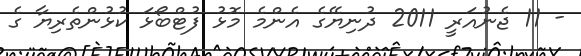
- 11 ޖެނުއަރީ 2011 ދުނިޔޭގެ އެންމެ މޮޅު ފުޓްބޯޅަ ކުޅުންތެރިޔާ ގެ